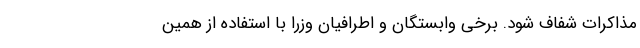
مذاکرات شفاف شود. برخی وابستگان و اطرافیان وزرا با استفاده از همین